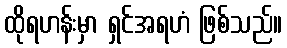
ထိုရဟန်းမှာ ရှင်အရဟံ ဖြစ်သည်။